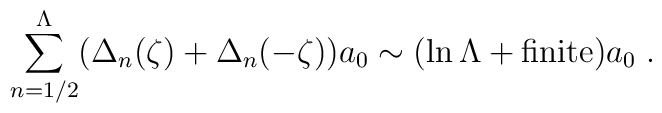
\sum_{n=1/2}^{\Lambda} ( \Delta_n(\zeta)  +       \Delta_n(-\zeta) ) a_0  \sim (\ln \Lambda  + {\rm{finite}} ) a_0\;.